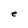
Character: e